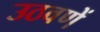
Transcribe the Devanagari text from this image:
उठवणें